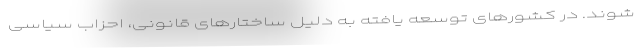
شوند. در کشورهای توسعه یافته به دلیل ساختارهای قانونی، احزاب سیاسی